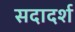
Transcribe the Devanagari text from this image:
सदादर्श